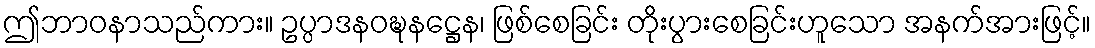
ဤဘာဝနာသည်ကား။ ဥပ္ပာဒနဝဍ္ဎနဋ္ဌေန၊ ဖြစ်စေခြင်း တိုးပွားစေခြင်းဟူသော အနက်အားဖြင့်။